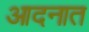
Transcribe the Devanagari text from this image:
आदनात